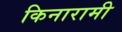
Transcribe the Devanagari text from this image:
किनारामी